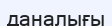
даналығы